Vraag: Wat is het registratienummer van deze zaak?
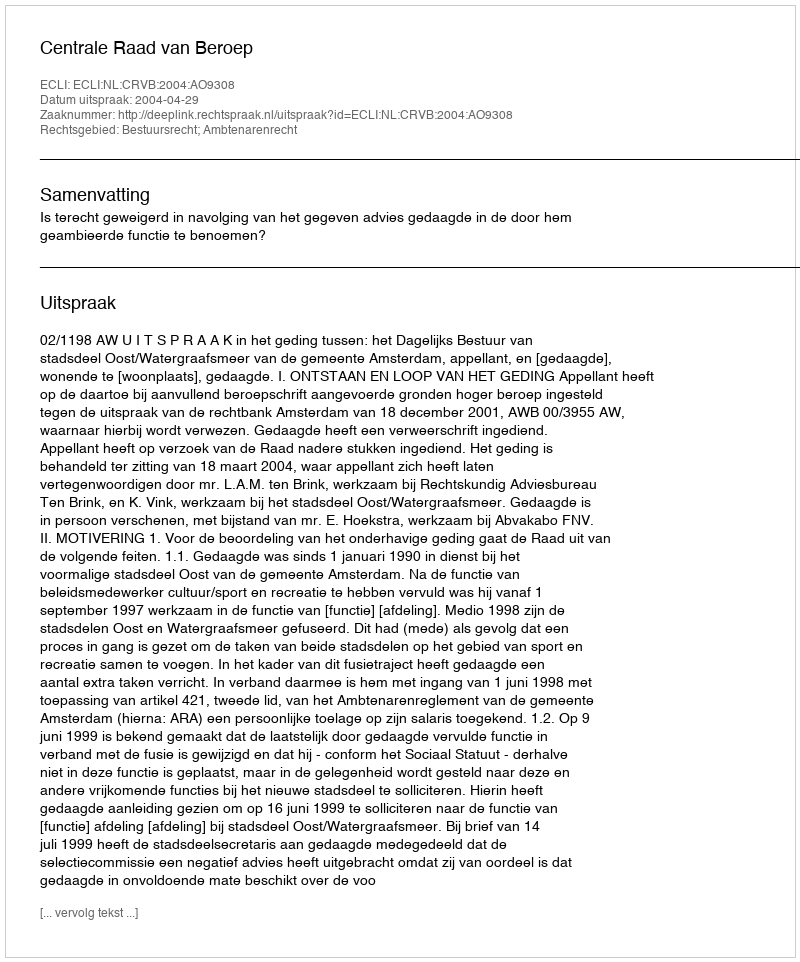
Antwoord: http://deeplink.rechtspraak.nl/uitspraak?id=ECLI:NL:CRVB:2004:AO9308